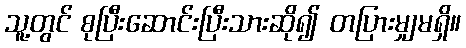
သူ့တွင် စုပြီးဆောင်းပြီးသားဆို၍ တပြားမျှမရှိ။